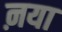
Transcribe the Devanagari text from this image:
ऩया